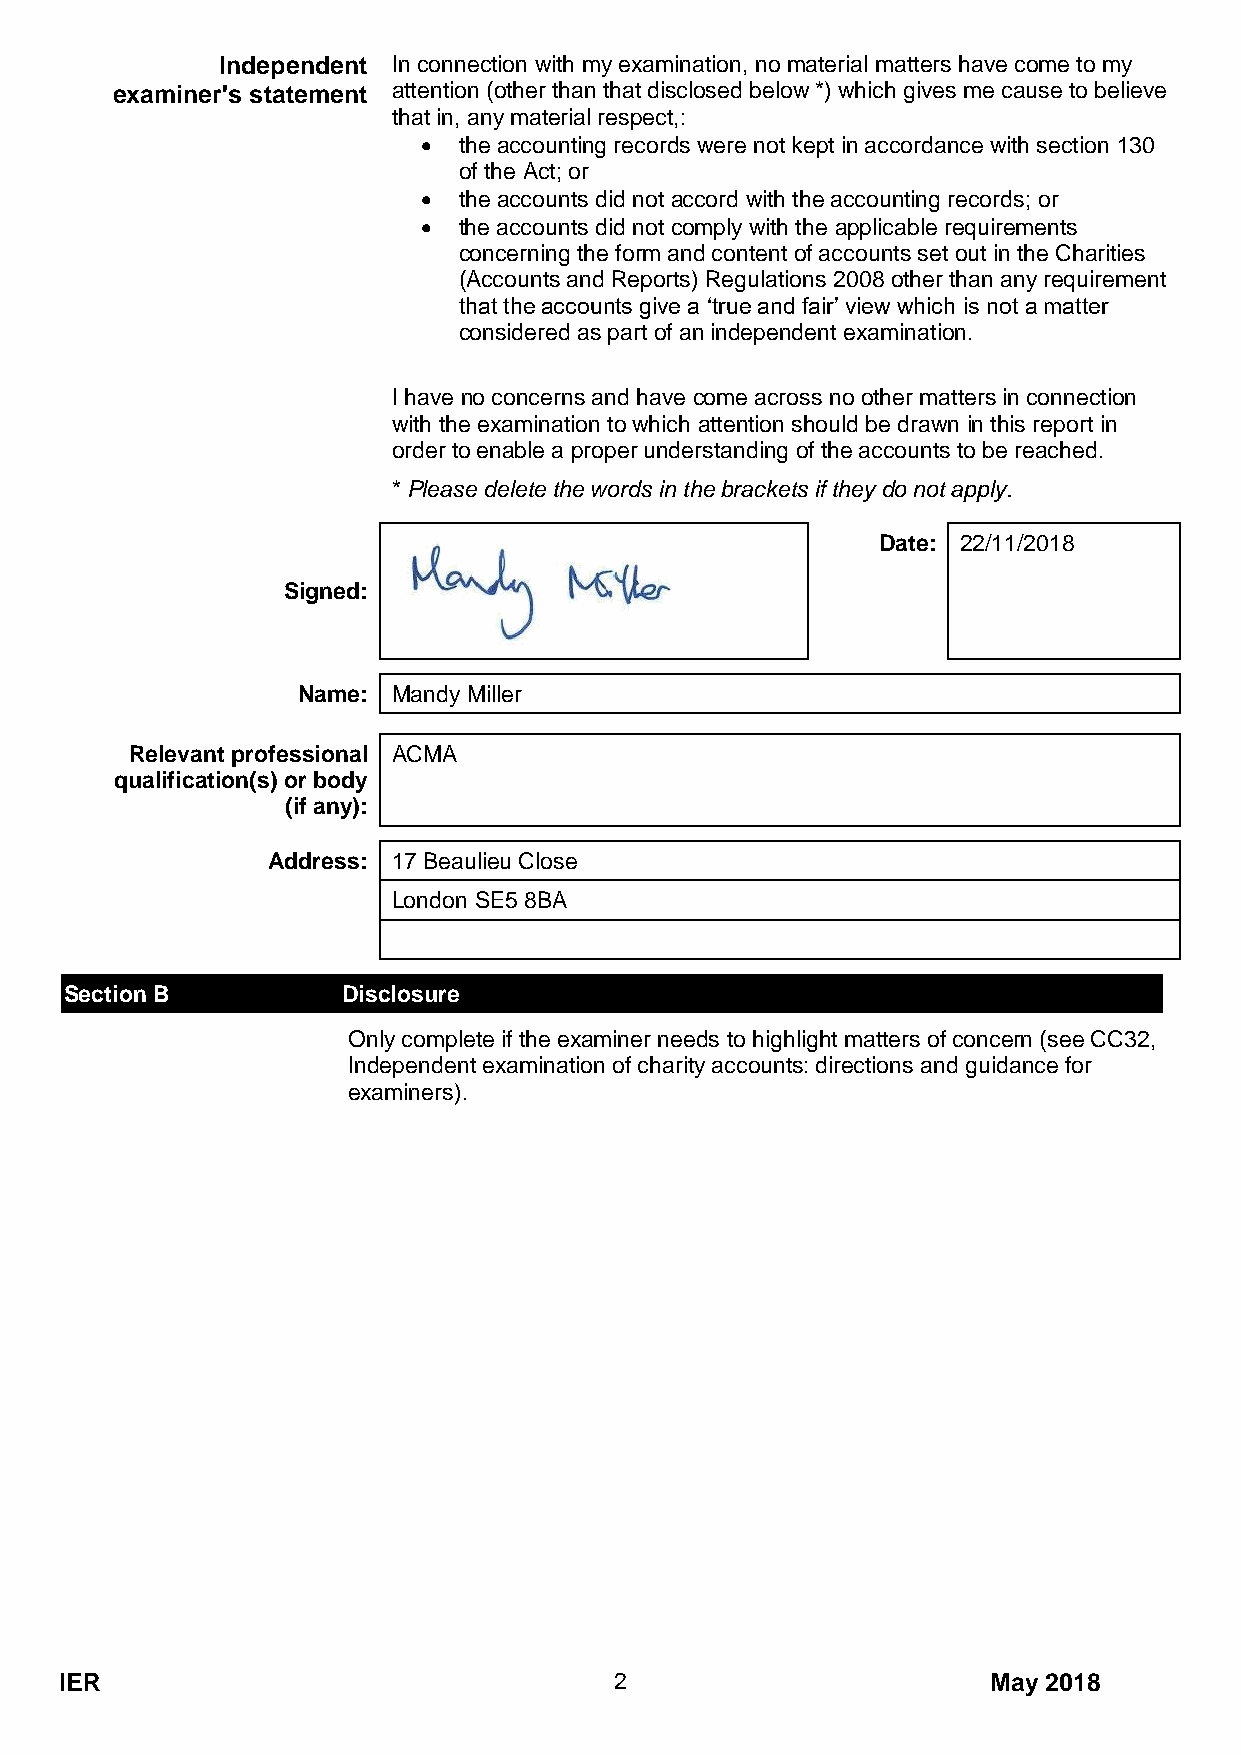
Independent In connection with my examination, no material matters have come to my
 examiner's statement attention (other than that disclosed below *) which gives me cause to believe
 that in, any material respect,:
 • the accounting records were not kept in accordance with section 130
 of the Act; or
 • the accounts did not accord with the accounting records; or
 • the accounts did not comply with the applicable requirements
 concerning the form and content of accounts set out in the Charities
 (Accounts and Reports) Regulations 2008 other than any requirement
 that the accounts give a ‘true and fair’ view which is not a matter
 considered as part of an independent examination.
 I have no concerns and have come across no other matters in connection
 with the examination to which attention should be drawn in this report in
 order to enable a proper understanding of the accounts to be reached.
 * Please delete the words in the brackets if they do not apply.
 Date: 22/11/2018
 Signed:
 Name: Mandy Miller
 Relevant professional ACMA
 qualification(s) or body
 (if any):
 Address: 17 Beaulieu Close
 London SE5 8BA
 Section B          Disclosure
 Only complete if the examiner needs to highlight matters of concern (see CC32,
 Independent examination of charity accounts: directions and guidance for
 examiners).
 IER                                  2                        May 2018